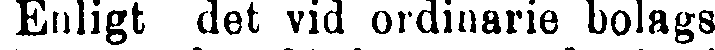
Enligt det vid ordinarie bolags-